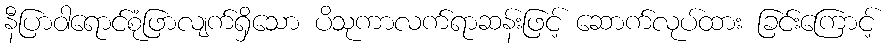
နီပြာဝါရောင်စုံဖြာလျက်ရှိသော ပိသုကာလက်ရာဆန်းဖြင့် ဆောက်လုပ်ထား ခြင်းကြောင့်